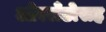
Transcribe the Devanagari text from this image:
ओरलँडोसह